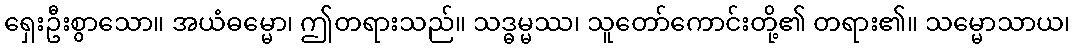
ရှေးဦးစွာသော။ အယံဓမ္မော၊ ဤတရားသည်။ သဒ္ဓမ္မဿ၊ သူတော်ကောင်းတို့၏ တရား၏။ သမ္မောသာယ၊